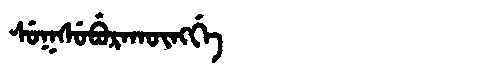
Manchu: ᠰᡠᡴᠰᡠᠪᡠᡵᠠᡴᡡᠩᡤᡝ
Romanization: SUKSUBURAKŪNGGE